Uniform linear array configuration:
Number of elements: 4
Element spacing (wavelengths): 0.75
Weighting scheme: hamming
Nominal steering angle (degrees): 0
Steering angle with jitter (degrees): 0.6655
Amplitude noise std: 0.05
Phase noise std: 0.05

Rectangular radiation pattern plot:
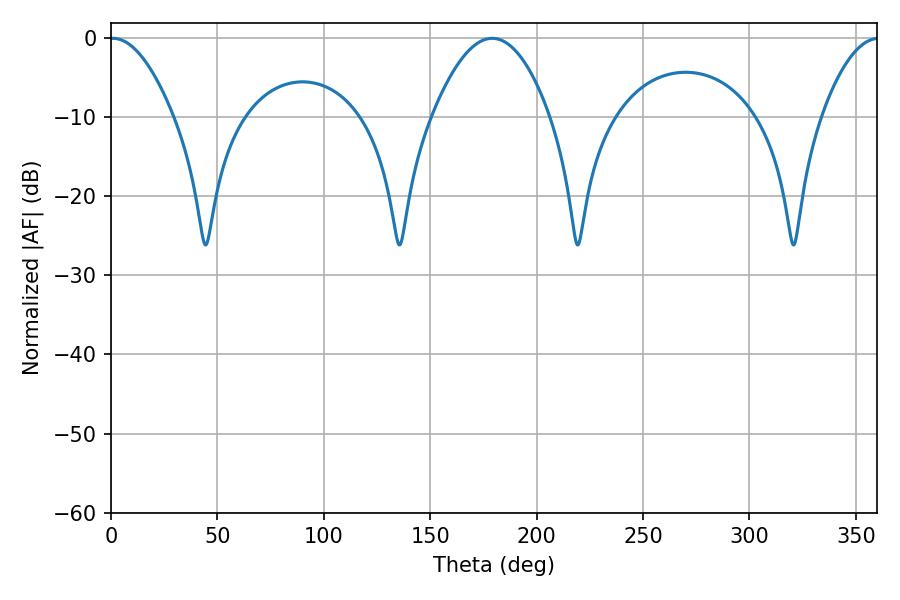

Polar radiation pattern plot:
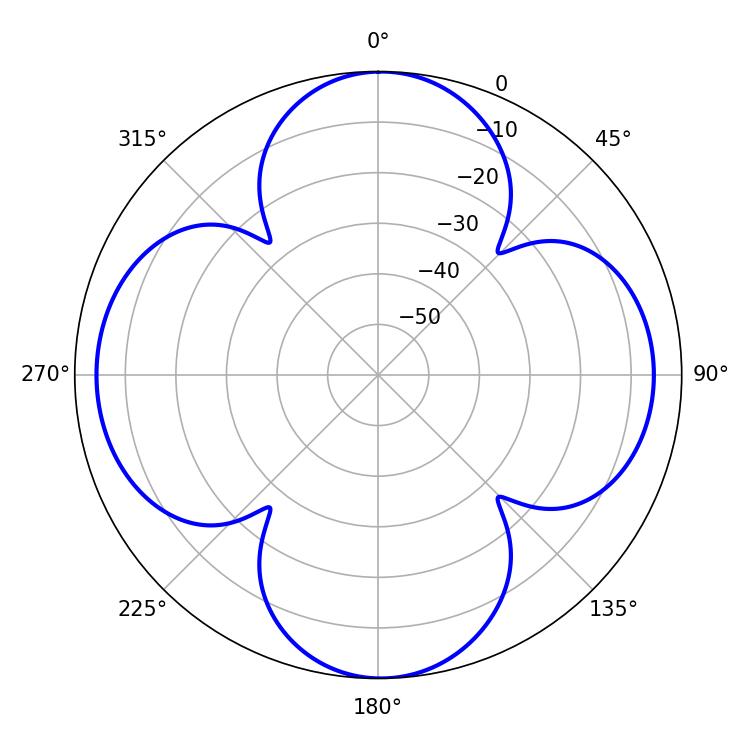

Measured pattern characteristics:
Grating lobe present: TRUE
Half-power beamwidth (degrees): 16.2
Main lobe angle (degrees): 0.9